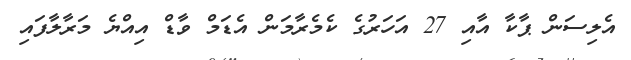
އެލިސަން ޕާކާ އާއި 27 އަހަރުގެ ކެމެރާމަން އެޑަމް ވާޑް އިއްޔެ މަރާލާފައި